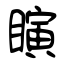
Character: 瞚